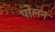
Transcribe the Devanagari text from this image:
पोलन